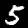
Label: 5